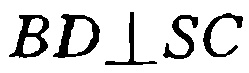
$BD\perp SC$